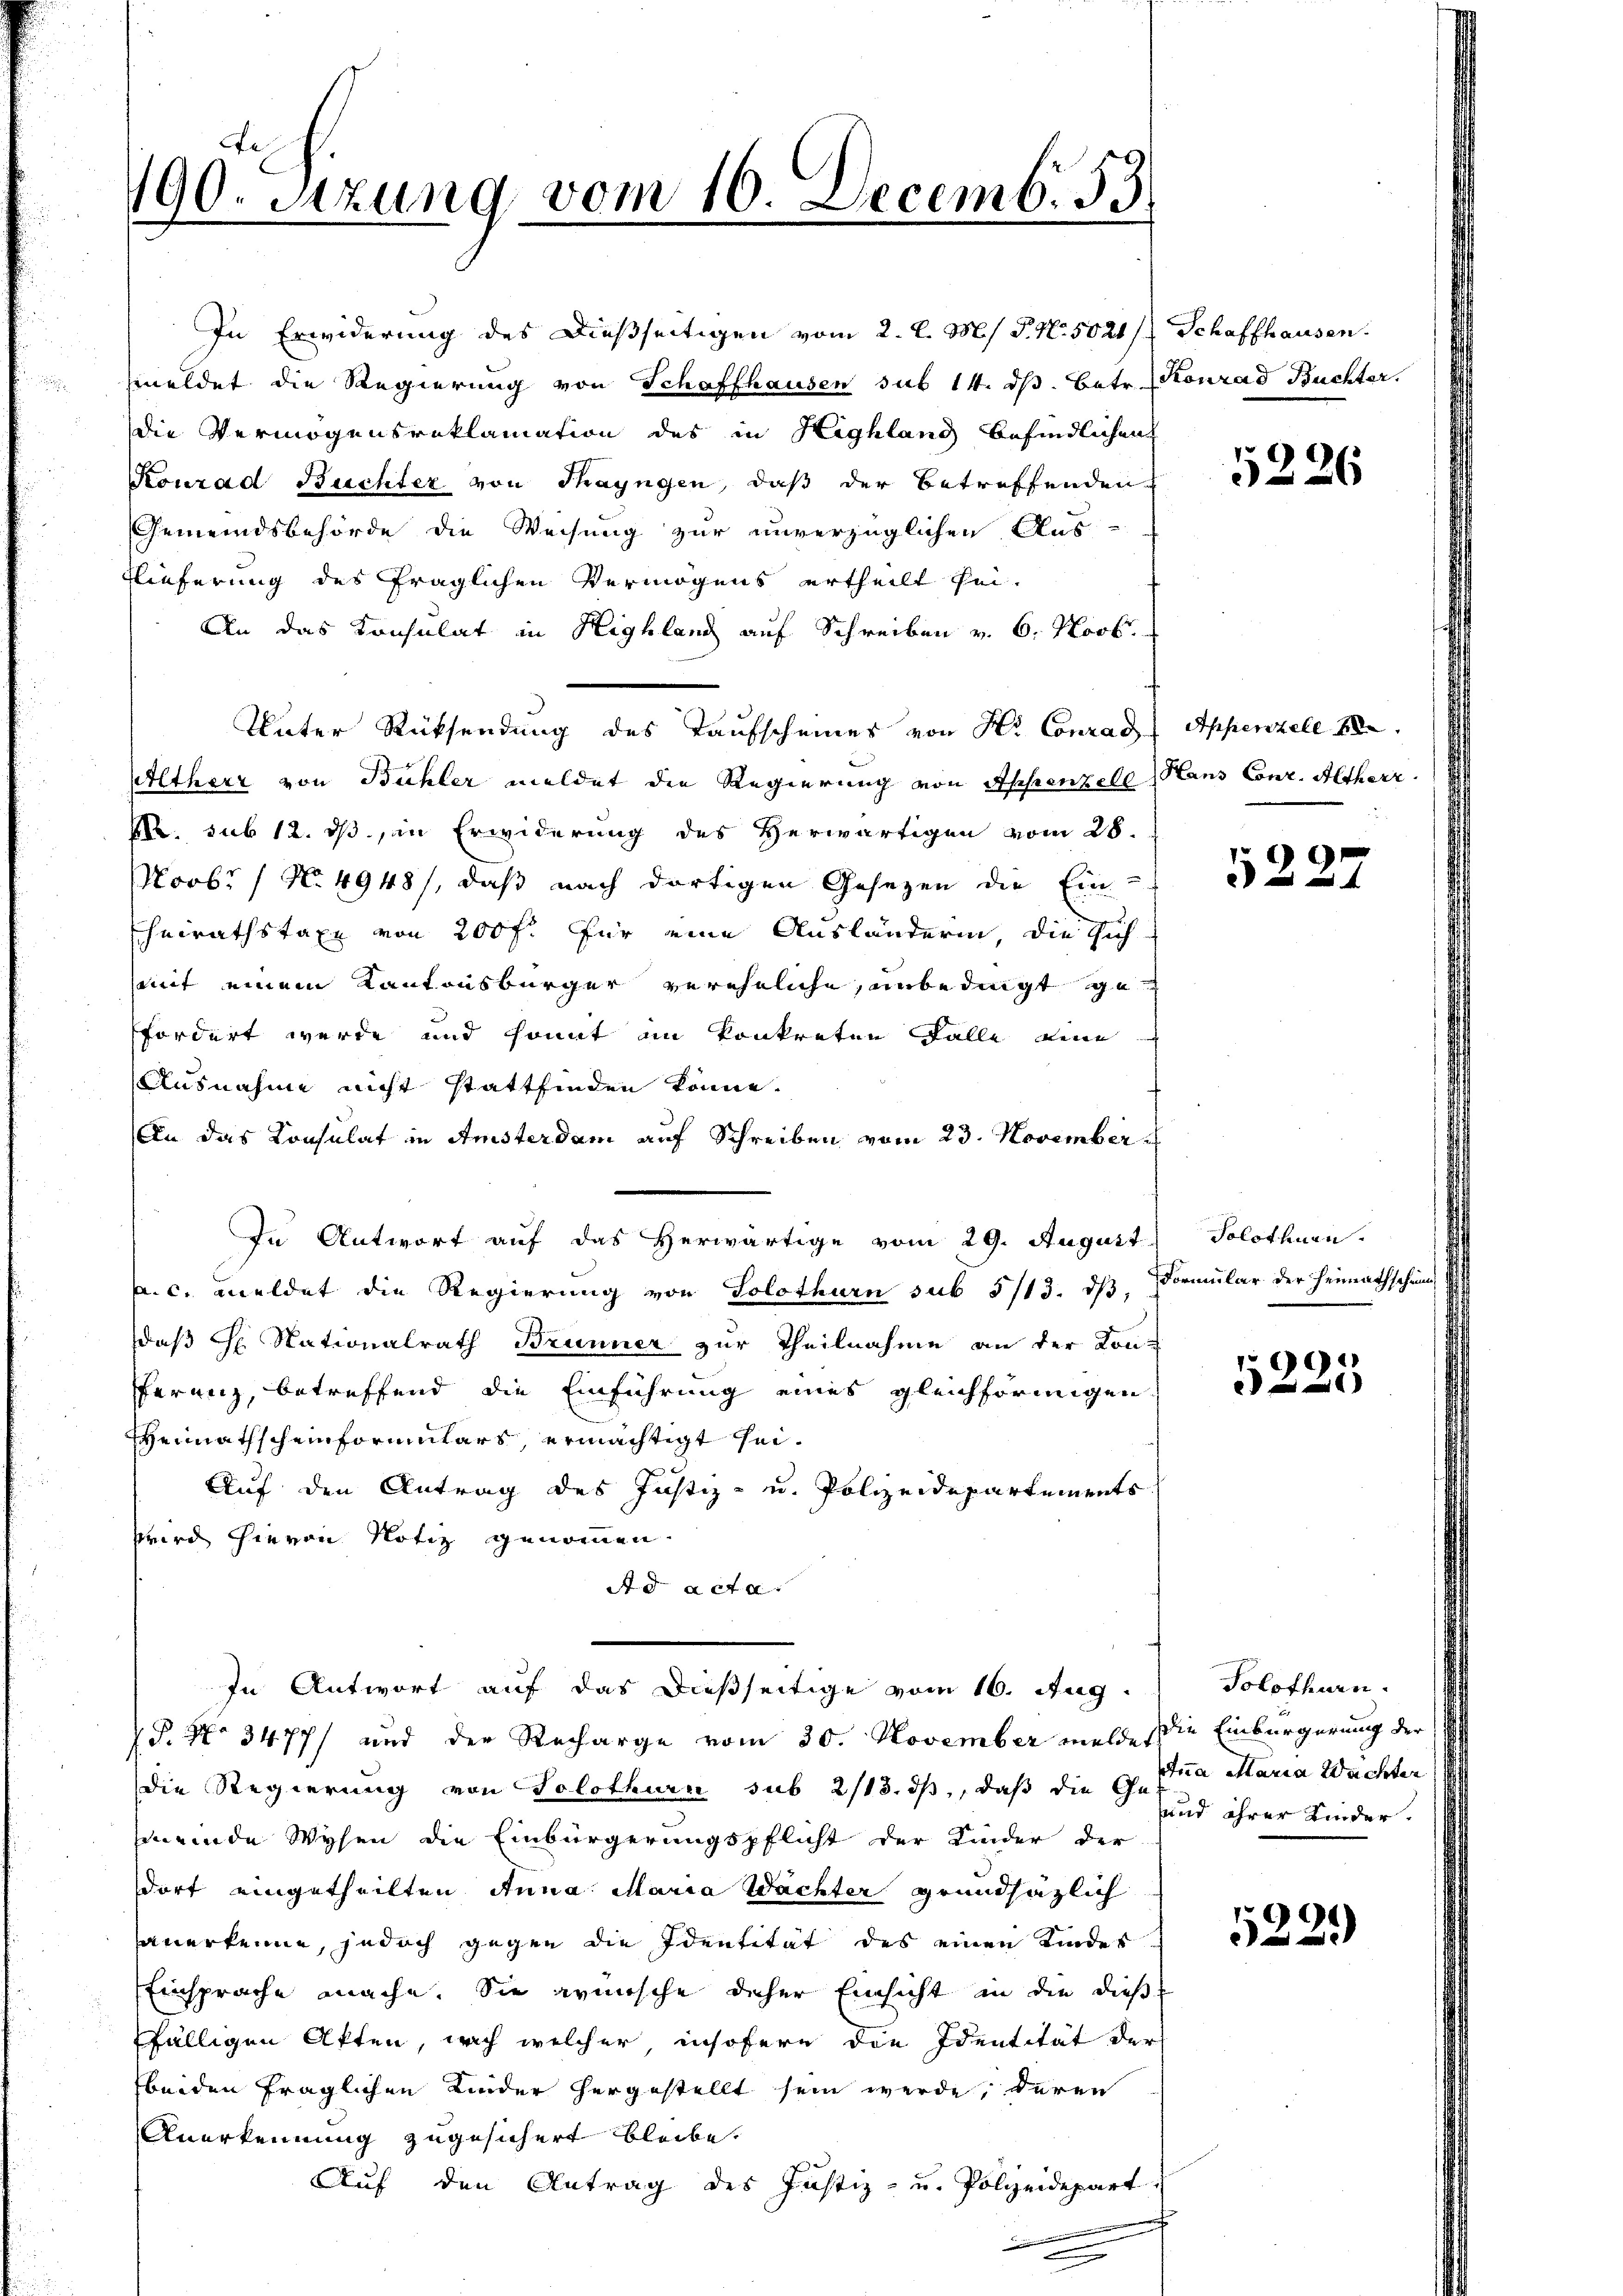
790. Sitzung vom 10. Decemb. 53.

In Erwiderung des Dießseitigen vom 2. d. M. P. N. 5021/ Schaffhausen.
meldet die Regierung von Schaffhausen sub 14. dβ. Betr. Konrad Buchter.
die Vermögensreklamation des in Highland befindlichen
Konrad Buchter von Thayngen, daß der betreffenden
Gemeindsbehörde die Weisung zur unverzüglichen Aus-
Lieferung des fraglichen Vermögens ertheilt sei¬
An das Konsulat in Highland auf Schreiben v. 6. Novb.
Unter Rücksendung des Taufscheines von Hr. Conrad Appenzell 88
Altherr von Bühler meldet die Regierung von Appenzell (Hans Conr. Altherr
M. sub 12. ds, in Erwiderung des Herwärtigen vom 28.
Novbr / N. 4948), daß nach dortigen Gesezen die Ein-
Eheirathstaxe von 200 f. für eine Ausländerin, die sich-
mit einem Kantonsbürger vereheliche, unbedingt gefordert werde und somit im konkreten Falle eine
Ausnahme nicht stattfinden könne.
An das Consulat in Amsterdam auf Schreiben vom 23. November
. meldet die Regierung von Solothurn sub 5/13. ds, Formular der Heimathschein
daß Hr. Nationalrath Brunner zur Theilnahme an der Konferenz, betreffend die Einführung eines gleichförmigen
Heimathscheinformulars ermächtigt sei¬
Auf den Antrag des Justiz- u. Polizeidepartements
wird hievon Notiz genommen.
Ad acta.
In Antwort auf das dießseitige vom 16. Aug.
P. No 3477) und der Recharge vom 30. November melde die Einbürgerung der
die Regierung von Solothurn sub 2/13. ds, daß die Gemeinde Wyhen die Einbürgerungspflicht der Kinder der
dorf eingetheilten Anna Maria Wachter grundsätzlich
anerkenne, jedoch gegen die Identität des einen Kinder
Einsprache mache. Sie wünsche daher Einsicht in die dießfälligen Akten, nach welcher insofern die Identität der
beiden fraglichen Kinder hergestellt sein werde, deren
Anerkennung zugesichert bleibe.
Auf den Antrag des Justiz- und Polizeidepart

In Antwort auf das Herwärtige vom 29. August

r

2
226

99

Solothurn.

1225

Solothurn.
tna Maria Wächter
sund ihrer Kinder.

522.